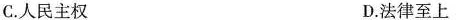
C.人民主权 D.法律至上